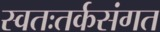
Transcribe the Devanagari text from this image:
स्वतःतर्कसंगत